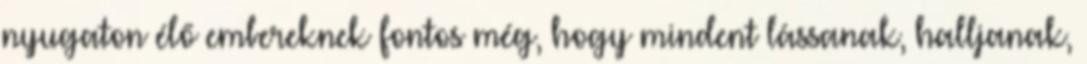
nyugaton élő embereknek fontos még, hogy mindent lássanak, halljanak,